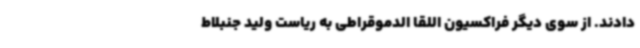
دادند. از سوی دیگر فراکسیون اللقا الدموقراطی به ریاست ولید جنبلاط